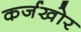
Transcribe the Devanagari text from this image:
कर्जखोर